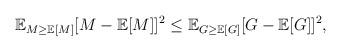
LaTeX: \begin{align*}\mathbb{E}_{M\ge \mathbb{E}[M]}[M-\mathbb{E}[M]]^2\le \mathbb{E}_{G\ge \mathbb{E}[G]}[G-\mathbb{E}[G]]^2,\end{align*}